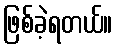
ဖြစ်ခဲ့ရတယ်။